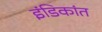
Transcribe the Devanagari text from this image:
इंडिकांत